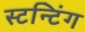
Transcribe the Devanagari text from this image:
स्टन्टिंग